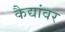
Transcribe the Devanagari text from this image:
कैद्यांवर